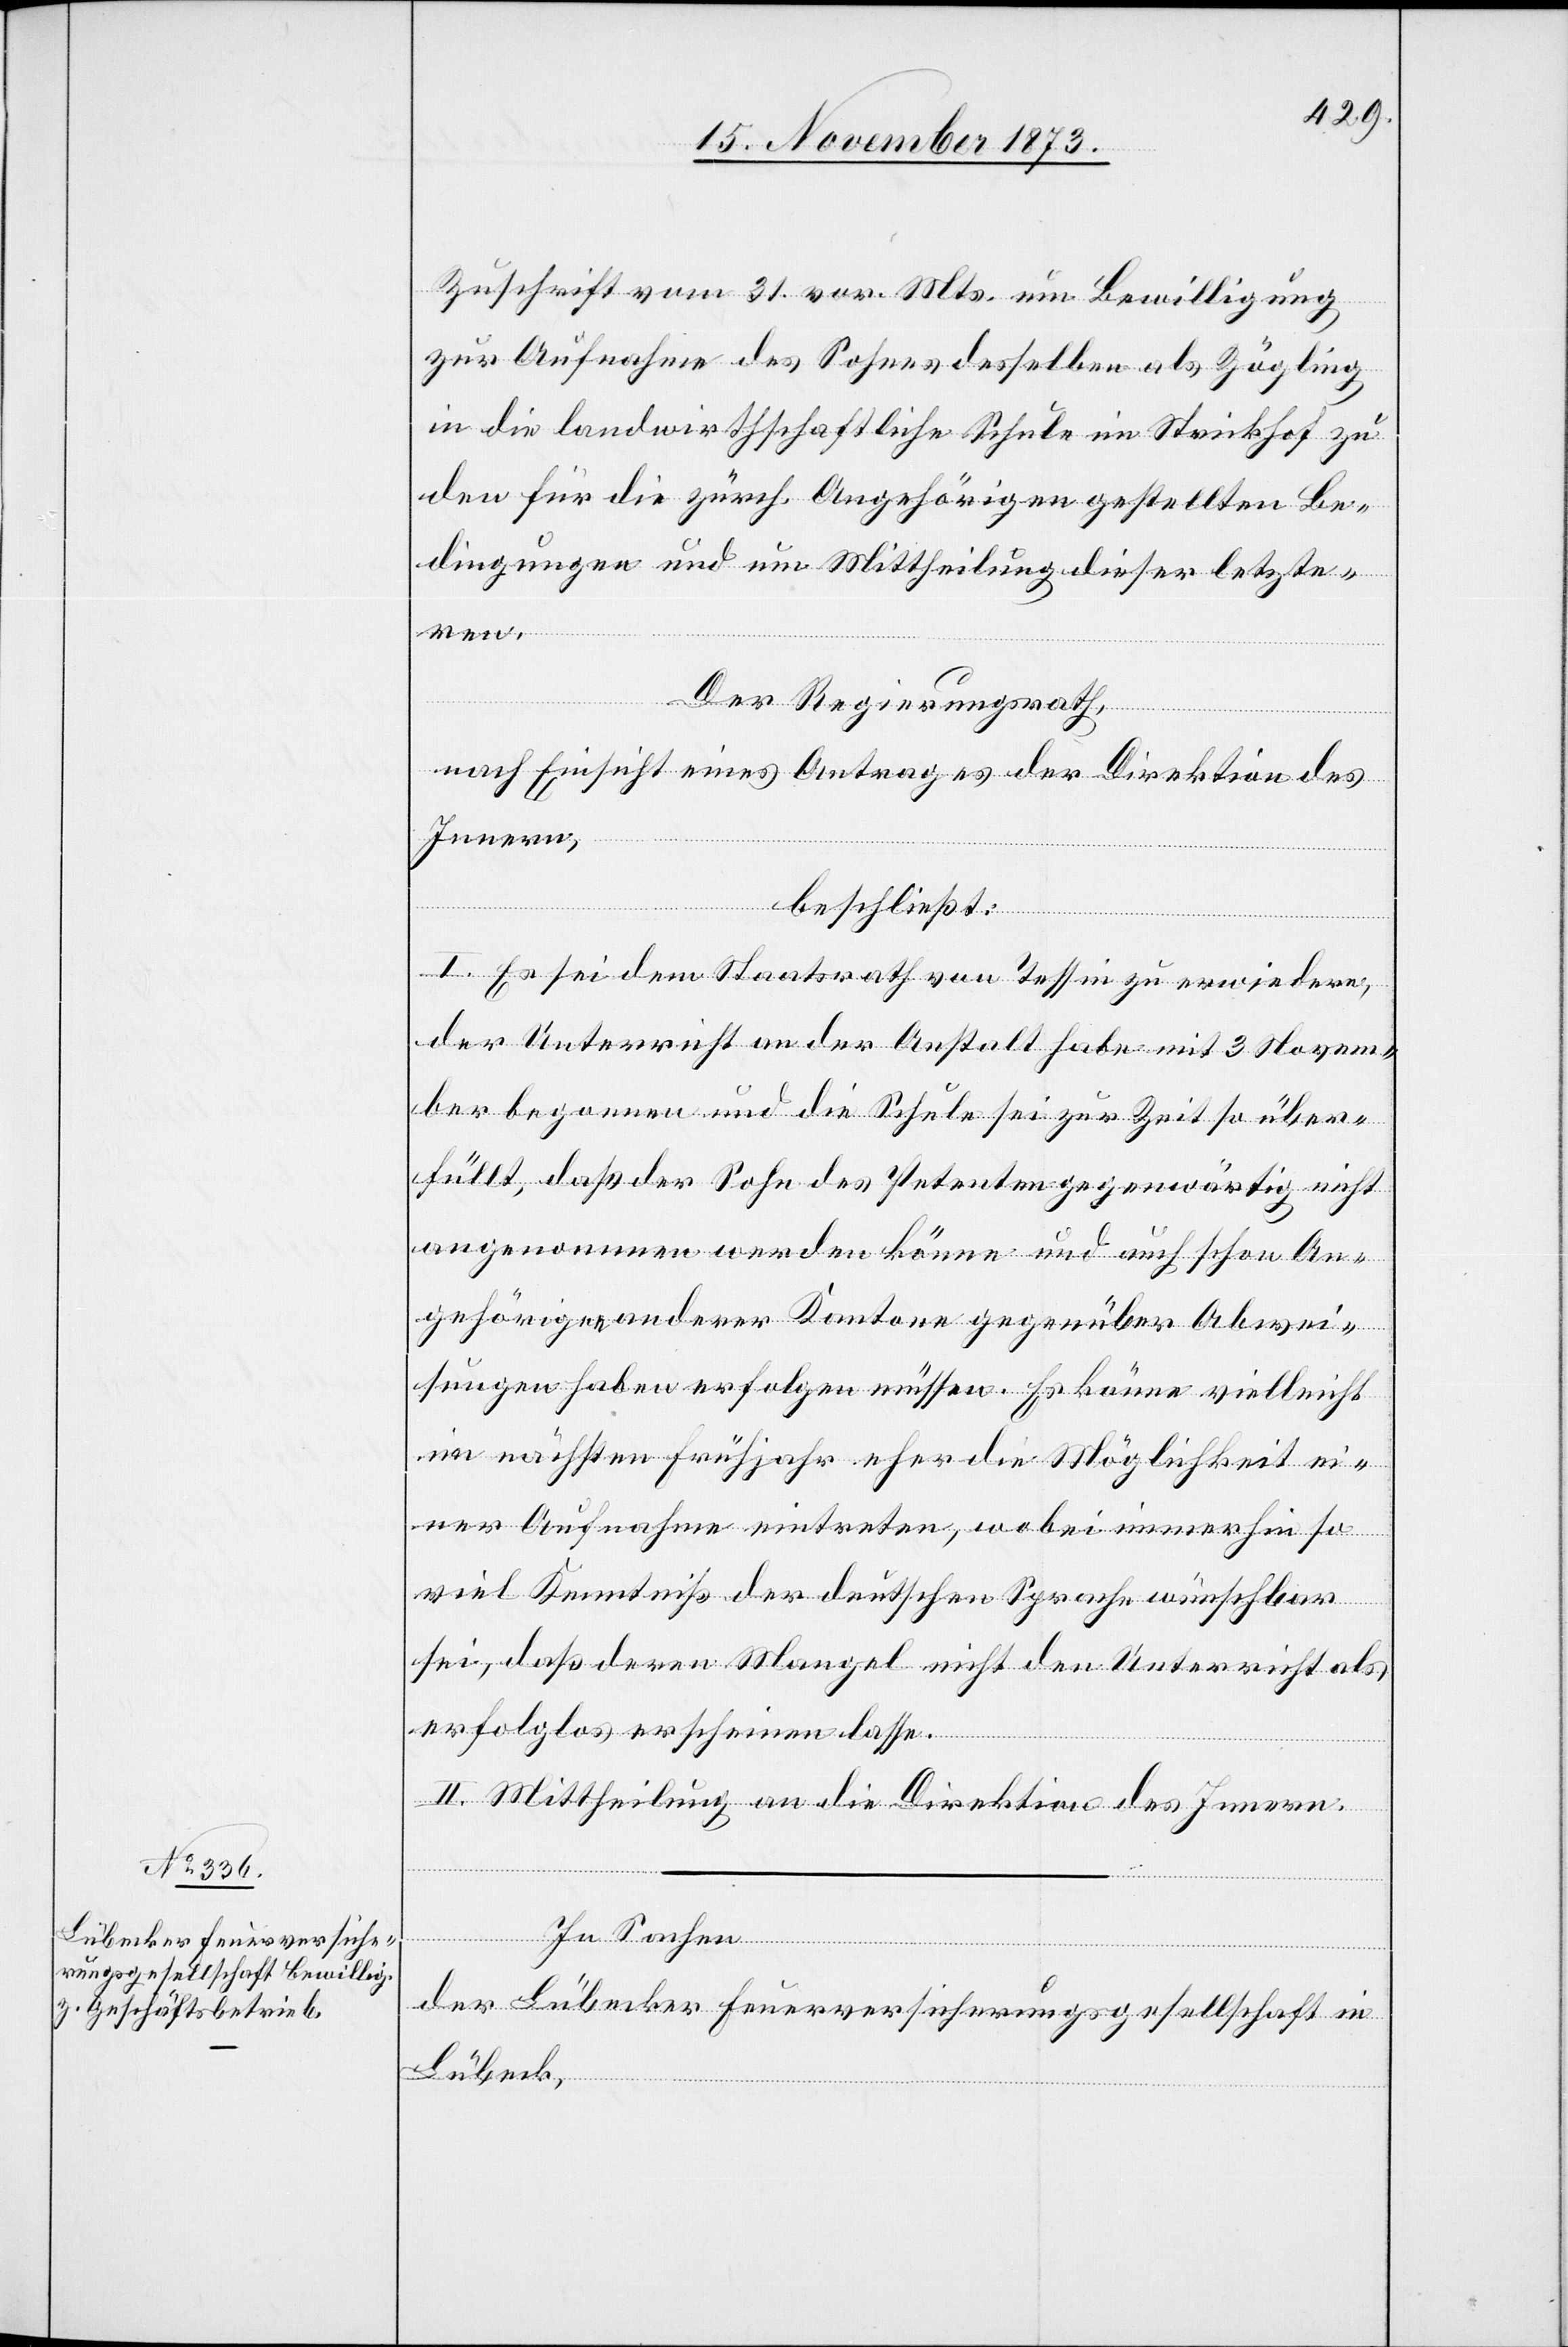
Zuschrift vom 31. vor. Mts. um Bewilligung
zur Aufnahme des Sohnes desselben als Zögling
in die landwirthschaftliche Schule im Strickhof zu
den für die zürch. Angehörigen gestellten Be¬
dingungen und um Mittheilung dieser letzte¬
ren.
Der Regierungsrath,
nach Einsicht eines Antrages der Direktion des
Innern,
beschließt:
I. Es sei dem Staatsrath von Tessin zu erwiedern,
der Unterricht an der Anstalt habe mit 3 Novem¬
ber begonnen und die Schule sei zur Zeit so über¬
füllt, daß der Sohn des Petenten gegenwärtig nicht
angenommen werden könne und auch schon An¬
gehörigen anderer Kantone gegenüber Abwe¬
isungen haben erfolgen müssen. Es könne vielleicht
im nächsten Frühjahr eher die Möglichkeit ei¬
ner Aufnahme eintreten, wobei immerhin so
viel Kenntniß der deutschen Sprache wünschbar
sei, daß deren Mangel nicht den Unterricht als
erfolglos erscheinen lasse.
II. Mittheilung an die Direktion des Innern.
In Sachen
der Lübecker Feuerversicherungsgesellschaft in
Lübeck,